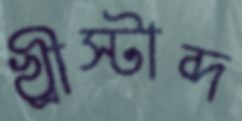
খ্রীস্টাব্দ